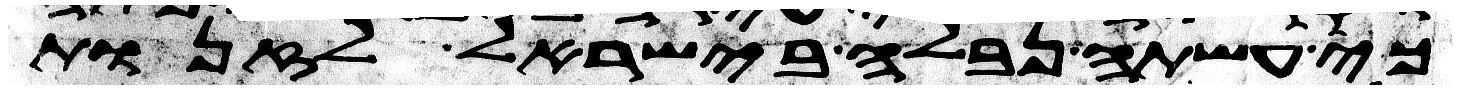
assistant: כי עשתה נבלה בישראל לזנות